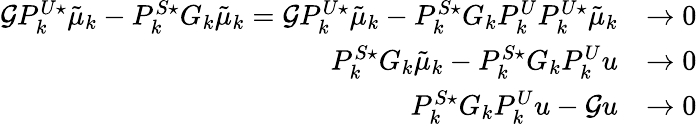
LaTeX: \begin{array}{rl}{\mathcal GP_{k}^{U\star}\tilde{\mu}_{k}-P_{k}^{S\star}G_{k}\tilde{\mu}_{k}=\mathcal GP_{k}^{U\star}\tilde{\mu}_{k}-P_{k}^{S\star}G_{k}P_{k}^{U}P_{k}^{U\star}\tilde{\mu}_{k}}&{\to 0}\\ {P_{k}^{S\star}G_{k}\tilde{\mu}_{k}-P_{k}^{S\star}G_{k}P_{k}^{U}u}&{\to 0}\\ {P_{k}^{S\star}G_{k}P_{k}^{U}u-\mathcal Gu}&{\to 0}\end{array}